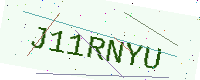
Text: J11RNYU